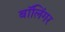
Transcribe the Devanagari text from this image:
बॉलिंगर